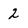
Character: 2